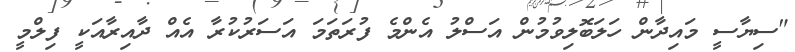
"ސިޔާސީ މައިދާން ހަލަބޮލިވުމުން އަސްލު އެންމެ ފުރަތަމަ އަސަރުކުރާ އެއް ދާއިރާއަކީ ފިލްމީ